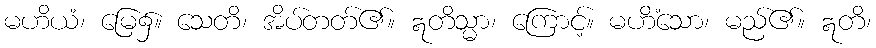
မဟိယံ၊ မြေ၌။ သေတိ၊ အိပ်တတ်၏။ ဣတိသ္မာ၊ ကြောင့်။ မဟိံသော၊ မည်၏။ ဣတိ၊